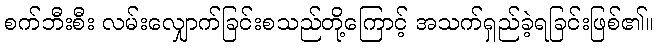
စက်ဘီးစီး လမ်းလျှောက်ခြင်းစသည်တို့ကြောင့် အသက်ရှည်ခဲ့ရခြင်းဖြစ်၏။